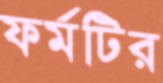
ফর্মটির